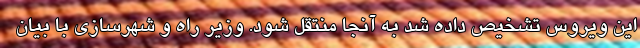
این ویروس تشخیص داده شد به آنجا منتقل شود. وزیر راه و شهرسازی با بیان